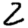
Digit: 2